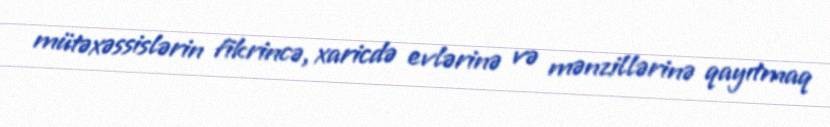
mütəxəssislərin fikrincə, xaricdə evlərinə və mənzillərinə qayıtmaq